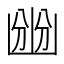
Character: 㟗